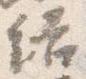
結